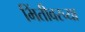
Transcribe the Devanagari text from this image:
भिंतीवरच्या